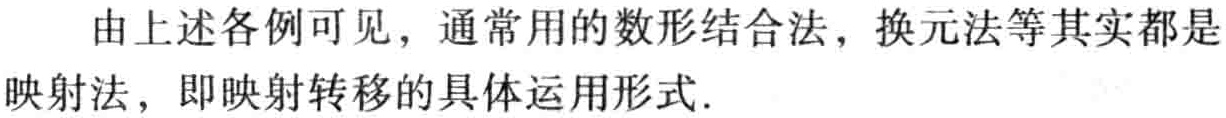
由上述各例可见，通常用的数形结合法，换元法等其实都是映射法，即映射转移的具体运用形式.